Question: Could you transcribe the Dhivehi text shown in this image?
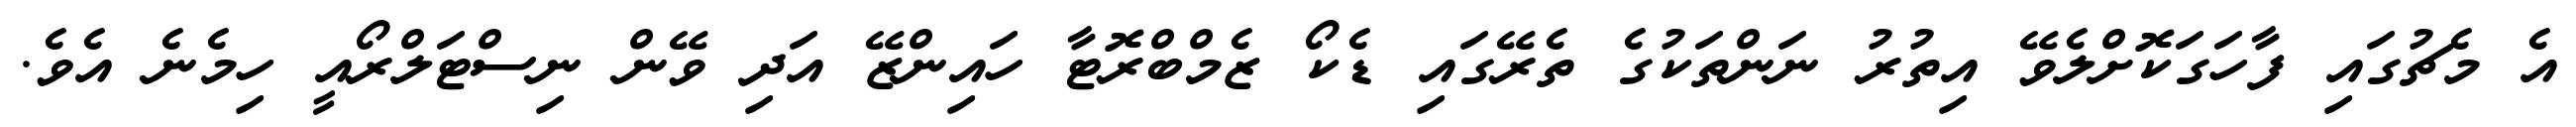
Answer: އެ މެޗުގައި ފާހަގަކޮށްލެވޭ އިތުރު ނަންތަކުގެ ތެރޭގައި ޑެކޯ ޒެމްބްރޮޓާ ހައިންޒޭ އަދި ވޭން ނިސްޓަލްރޯއީ ހިމެނެ އެވެ.